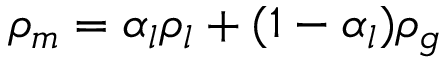
\rho _ { m } = \alpha _ { l } \rho _ { l } + ( 1 - \alpha _ { l } ) \rho _ { g }